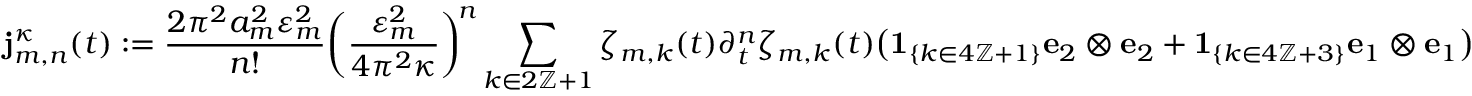
\mathbf { j } _ { m , n } ^ { \kappa } ( t ) : = \frac { 2 \pi ^ { 2 } a _ { m } ^ { 2 } \varepsilon _ { m } ^ { 2 } } { n ! } \biggl ( \frac { \varepsilon _ { m } ^ { 2 } } { 4 \pi ^ { 2 } \kappa } \biggr ) ^ { \! n } \sum _ { k \in 2 \ensuremath { \mathbb { Z } } + 1 } \zeta _ { m , k } ( t ) \partial _ { t } ^ { n } \zeta _ { m , k } ( t ) \bigl ( { \mathbf { 1 } } _ { \{ k \in 4 \ensuremath { \mathbb { Z } } + 1 \} } { \mathbf { e } } _ { 2 } \otimes { \mathbf { e } } _ { 2 } + { \mathbf { 1 } } _ { \{ k \in 4 \ensuremath { \mathbb { Z } } + 3 \} } { \mathbf { e } } _ { 1 } \otimes { \mathbf { e } } _ { 1 } \bigr )